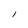
Character: l